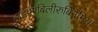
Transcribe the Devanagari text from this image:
हाइपरबिलीरुबिनेमिया